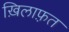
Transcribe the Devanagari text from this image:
ख़िलाफ़़त